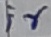
Text: ir